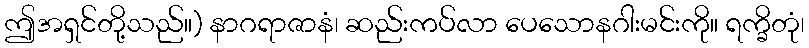
ဤအရှင်တို့သည်။) နာဂရာဇာနံ၊ ဆည်းကပ်လာ ပေသောနဂါးမင်းကို။ ရက္ခိတုံ၊